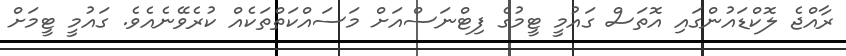
ރާއްޖެ ލޮކްޑައުންގައި އޮތަސް ގައުމީ ޓީމުގެ ފިޓްނަސްއަށް މަސައްކަތްތަކެއް ކުރެވޭނެއެވެ. ގައުމީ ޓީމަށް